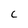
Character: C